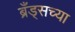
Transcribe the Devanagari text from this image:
ब्रँड्सच्या